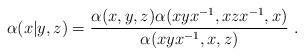
LaTeX: \begin{align*}\alpha(x|y,z) = \frac{\alpha(x,y,z)\alpha(xyx^{-1},xzx^{-1},x)}{\alpha(xyx^{-1},x,z)}\ .\end{align*}